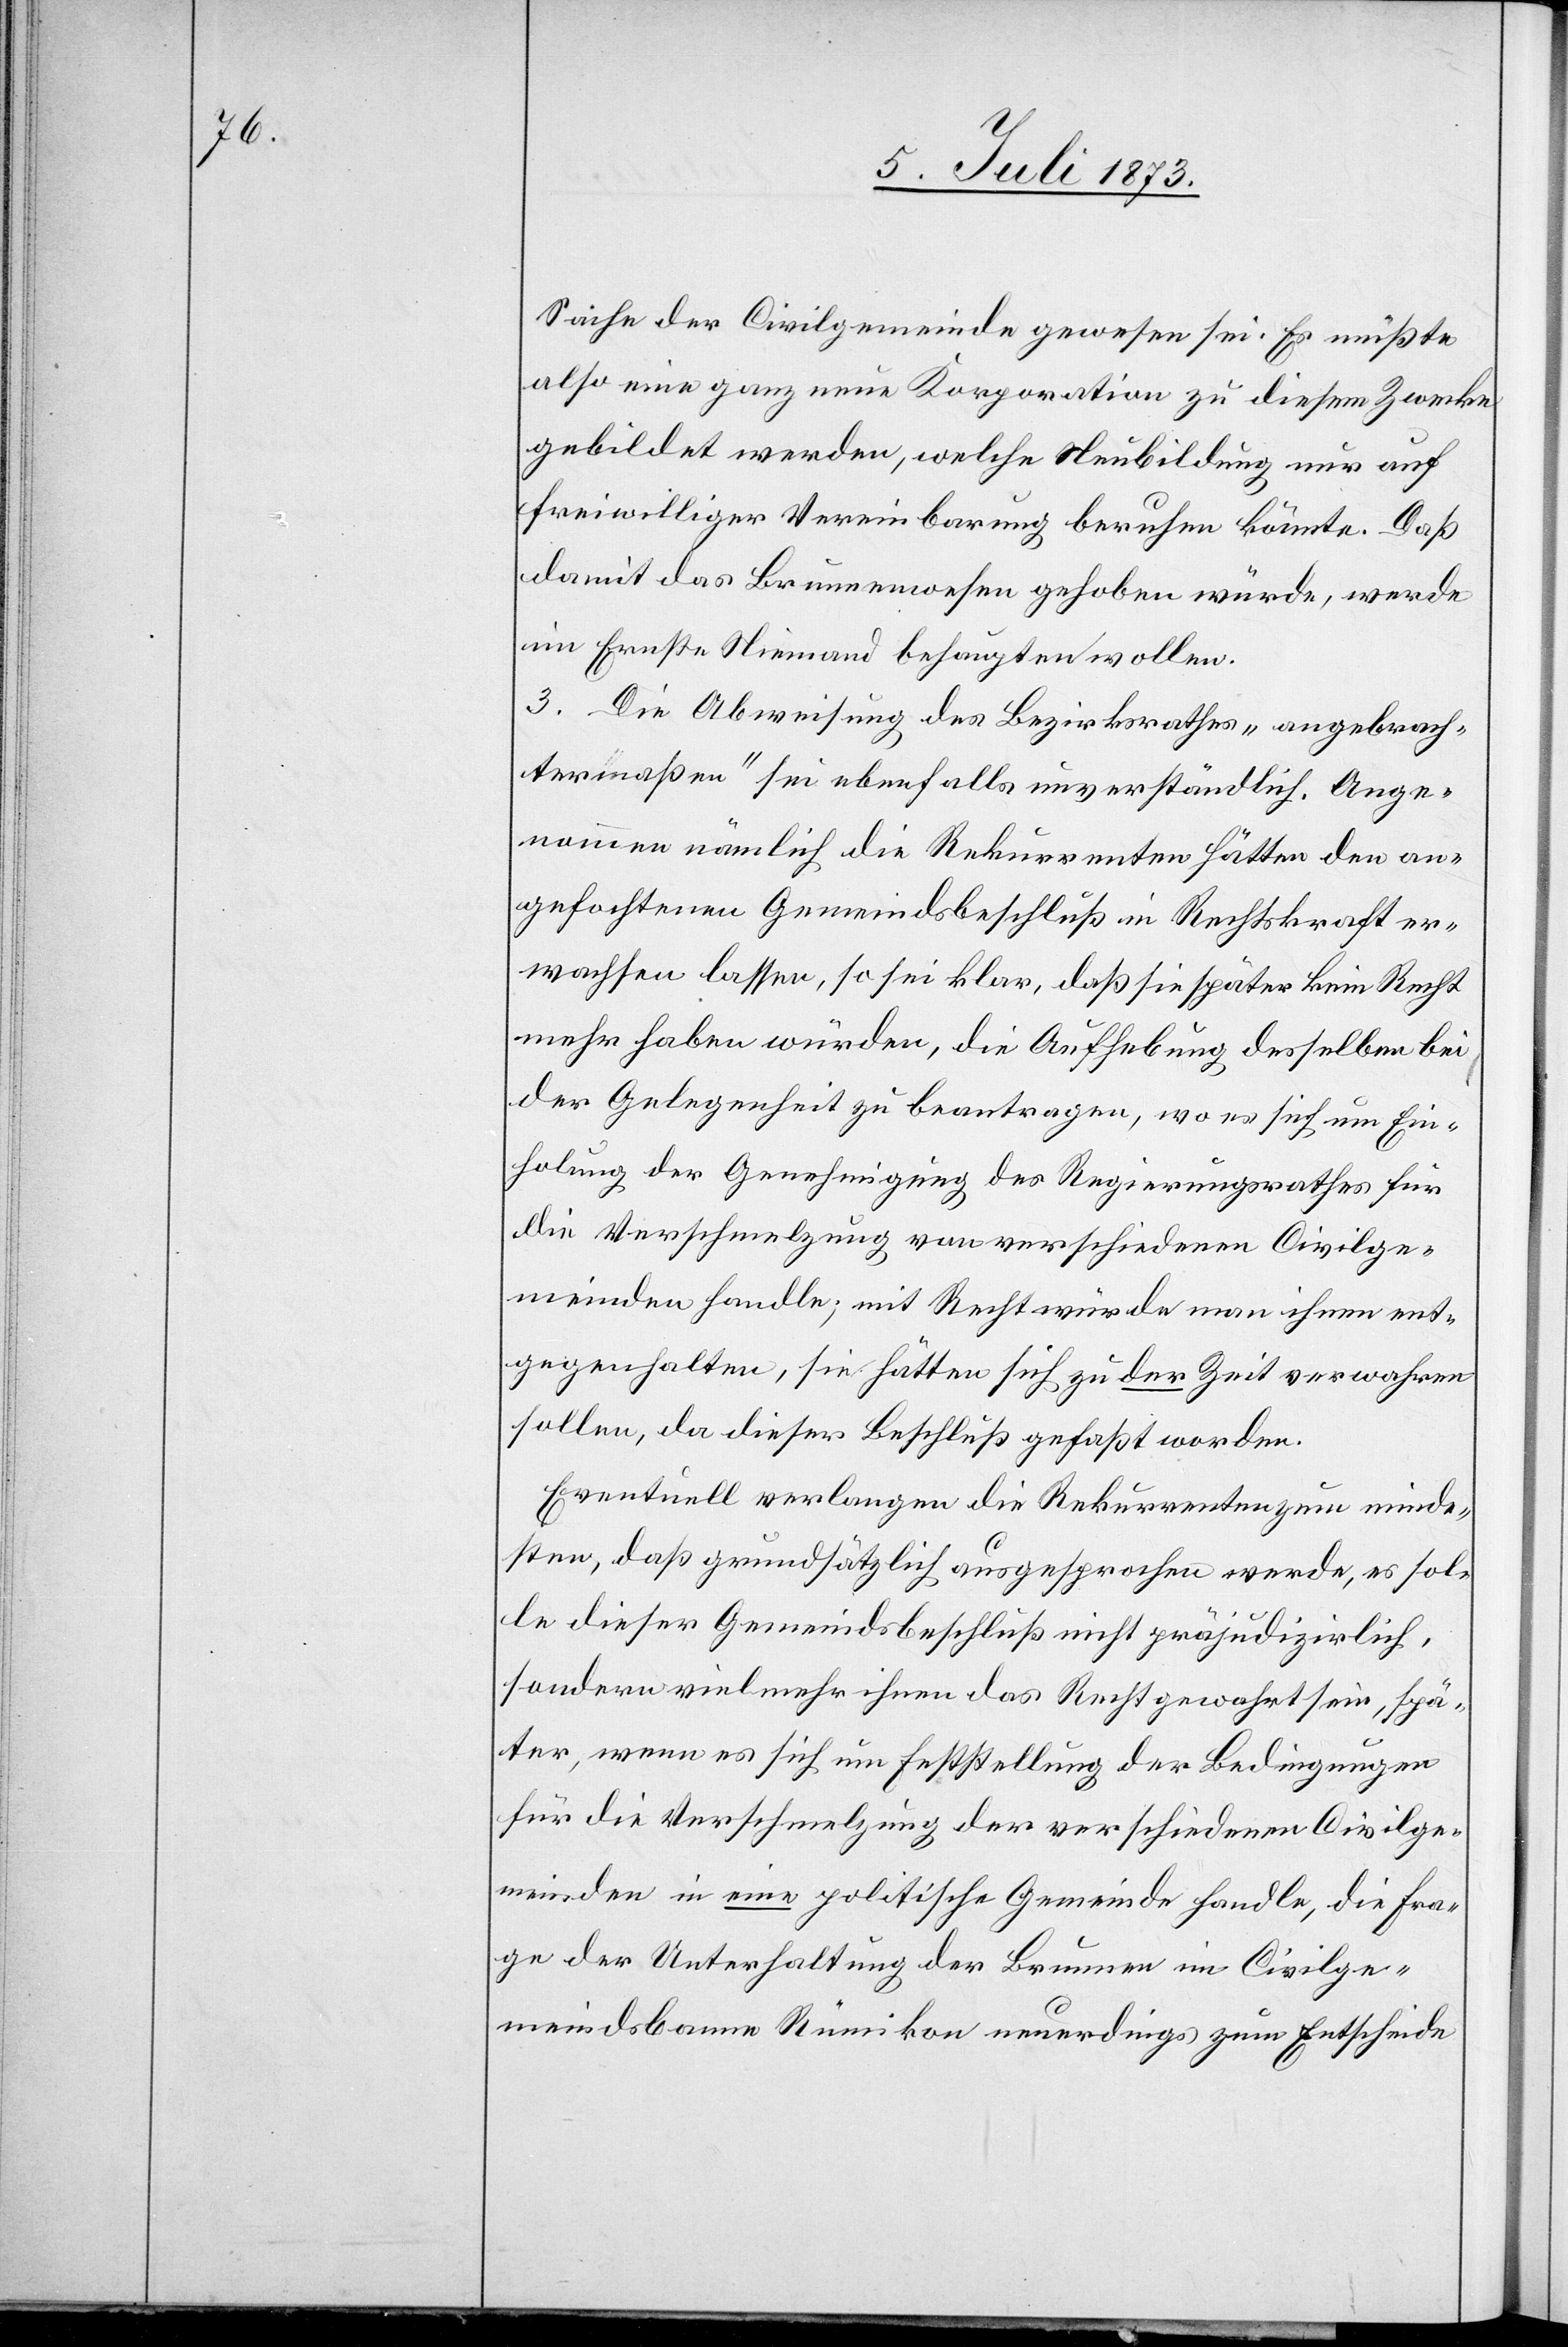
Sache der Civilgemeinde gewesen sei. Es müßte
also eine ganz neue Korporation zu diesem Zwecke
gebildet werden, welche Neubildung nur auf
freiwilliger Vereinbarung beruhen könnte. Daß
damit das Brunnenwesen gehoben würde, werde
im Ernste Niemand behaupten wollen.
3. Die Abweisung des Bezirksrathes „angebrach¬
termaßen“ sei ebenfalls unverständlich. Ange¬
nommen nämlich die Rekurrenten hätten den an¬
gefochtenen Gemeindsbeschluß in Rechtskraft er¬
wachsen lassen, so sei klar, daß sie später kein Recht
mehr haben würden, die Aufhebung desselben bei
der Gelegenheit zu beantragen, wo es sich um Ein¬
holung der Genehmigung des Regierungsrathes für
die Verschmelzung von verschiedenen Civilge¬
meinden handle; mit Rechtswürde man ihnen ent¬
gegenhalten, sie hätten sich zu der Zeit verwahren
sollen, da dieser Beschluß gefaßt worden.
Eventuell verlangen die Rekurrenten zum minde¬
sten, daß grundsätzlich ausgesprochen werde, es sol¬
le dieser Gemeindsbeschluß nicht präjudizirlich,
sondern vielmehr ihnen das Recht gewahrt sein, spä¬
ter, wenn es sich um Feststellung der Bedingungen
für die Verschmelzung der verschiedenen Civilge¬
meinden in eine politische Gemeinde handle, die Fra¬
ge der Unterhaltung der Brunnen im Civilge¬
meindsbanne Rümikon neuerdings zum Entscheide